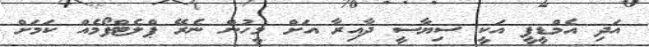
އަދި އެމްޑީޕީ އަކީ ސިޔާސީ ދާއިރާ އަށް މީހުން ނެރޭ ޕްލެޓްފޯމެއް ކަމަށް